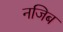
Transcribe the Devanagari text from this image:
नजिब